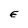
Character: E